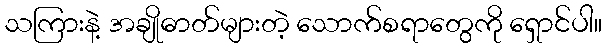
သကြားနဲ့ အချိုဓာတ်များတဲ့ သောက်စရာတွေကို ရှောင်ပါ။